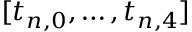
[ t _ { n , 0 } , \ldots , t _ { n , 4 } ]